Leaving Certificate Examination (including Day School Certificate (Higher) General paper), 1929
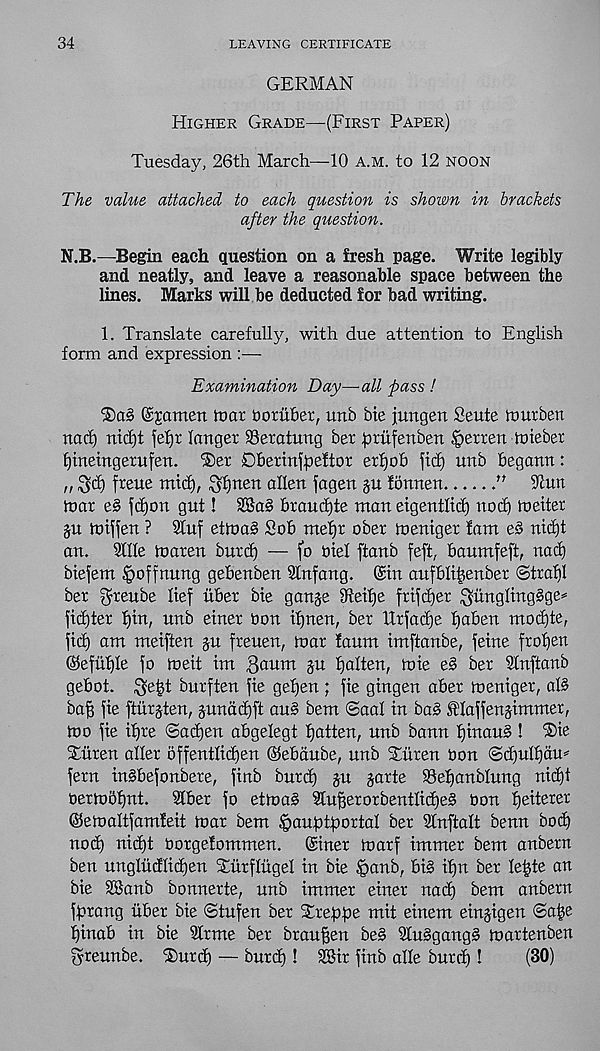
34
LEAVING CERTIFICATE
GERMAN
Higher Grade—(First Paper)
Tuesday, 26th March—10 a.m. to 12 noon
The value attached to each question is shown in brackets
after the question.
N.B.—Begin each question on a fresh page. Write legibly
and neatly, and leave a reasonable space between the
lines. Marks will be deducted for bad writing.
1. Translate carefully, with due attention to English
form and expression :—
Examination Day—all pass !
T)a§ Seamen tnar bomber, uub Me jungen Seute tourben
nacf) nicf)t fefjr lunger ©eratuug ber prufenben §errert loieber
fpneingerufen. T)er Dberinfpettor erfjob fid) unb begann:
„ $d) freue mid), ^pnen alien fagen §u fonnen
n
Tarn
tnar e§ fd)on gut! 2Ba§ braud)te man eigentlid) nod) tneiter
ju tniffen ? SCuf ettna§ Sob mepr ober toeniger tarn e§ nid)t
an.
9111e tnaren burd) — fo Mel ftanb feft, baumfeft, nacl)
biefem ipoffnung gebenben Slnfang. (Sin aufblifjenber Strabl
ber ^reube lief liber Me gauge 9teif)e frifdjer $iingling§ge*
fidjter pin, unb einer bon ipnen, ber llrfadje paben mocpte,
ficp am meiften gn freuen, tnar faum imftanbe, feme fropen
©efiiple fo tneit im 3aum gu palten, tnie e§ ber Slnftanb
gebot.
burften fie gepen ; fie gingen aber toeniger, aB
bap fie ftlirgten, gunadjft au§ bem Seal in bag f'laffengimmer,
too fie ipre ©atpen abgelegt patten, unb bann pinaug ! ®ie
Siiren aller offentliepen ©ebdube, unb Tliren bon ©djulpdm
fern ingbefonbere, finb burep gu garte Sepanblung niept
bertoopnt. Slber fo ettnag Sluperorbentlicpeg bon peiterer
©etnaltfamfeit tnar bem ^auptportal ber Slnftalt benn bod)
nocp niept borgefommen. (Siner toarf immer bem anbern
ben ungliidlicpen Turfliigel in Me §anb, big ipn ber lepte an
bie SBanb bonnerte, unb immer einer nacp bem anbern
fprang liber bie ©tufen ber Xxeppe mit einem eingigen ©ape
pinab in bie Slrme ber braupen beg 21uggangg tnartenben
greunbe. ‘Surtp — burd)! 2Bir finb alle burep !
(30)